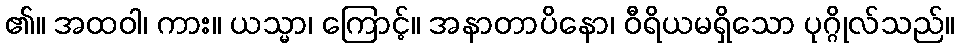
၏။ အထဝါ၊ ကား။ ယသ္မာ၊ ကြောင့်။ အနာတာပိနော၊ ဝီရိယမရှိသော ပုဂ္ဂိုလ်သည်။